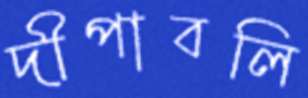
দীপাবলি